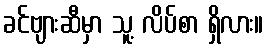
ခင်ဗျားဆီမှာ သူ့ လိပ်စာ ရှိလား။